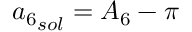
{ a _ { 6 } } _ { s o l } = { A _ { 6 } } - \pi